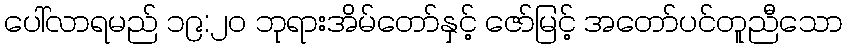
ပေါ်လာရမည် ၁၉:၂၀ ဘုရားအိမ်တော်နှင့် ဇော်မြင့် အတော်ပင်တူညီသော